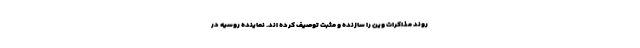
روند مذاکرات وین را سازنده و مثبت توصیف کرده اند. نماینده روسیه در